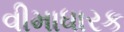
વીમાધારક